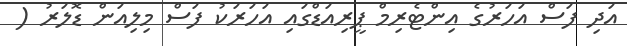
އަދި ފަސް އަހަރުގެ އިންޓެރިމް ޕީރިއަޑްގައި އަހަރަކު ފަސް މިލިއަން ޑޮލަރު (